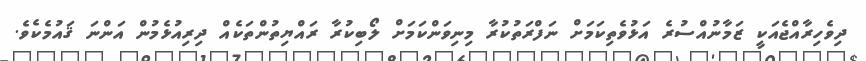
ދިވެހިރާއްޖެއަކީ ޒަމާނުއްސުރެ އަޅުވެތިކަމަށް ނަފްރަތުކުރާ މިނިވަންކަމަށް ލޯބިކުރާ ރައްޔިތުންތަކެއް ދިރިއުޅެމުން އަންނަ ޤައުމެކެވެ.